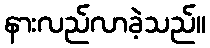
နားလည်လာခဲ့သည်။